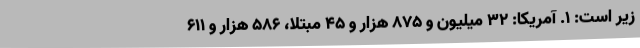
زیر است: ۱. آمریکا: ۳۲ میلیون و ۸۷۵ هزار و ۴۵ مبتلا، ۵۸۶ هزار و ۶۱۱